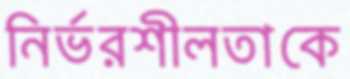
নির্ভরশীলতাকে